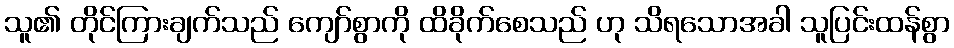
သူ၏ တိုင်ကြားချက်သည် ကျော်စွာကို ထိခိုက်စေသည် ဟု သိရသောအခါ သူပြင်းထန်စွာ